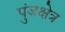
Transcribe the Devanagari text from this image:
पुंजक्षेत्र